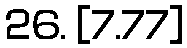
26. [7.77]